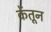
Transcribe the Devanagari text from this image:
केंतून